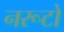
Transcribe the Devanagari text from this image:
नरूटो